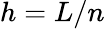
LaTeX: h=L/n